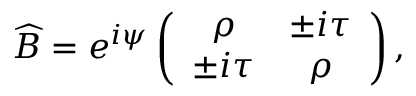
\widehat { B } = e ^ { i \psi } \left( \begin{array} { c c } { \rho } & { \pm i \tau } \\ { \pm i \tau } & { \rho } \end{array} \right) ,